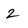
Character: 2